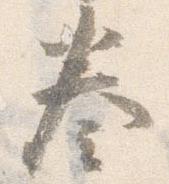
奏